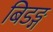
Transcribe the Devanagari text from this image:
बिडङ्ग